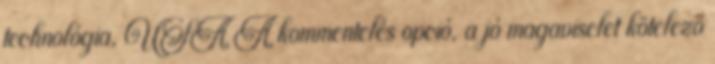
technológia, USA A kommentelés opció, a jó magaviselet kötelező